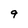
Character: 9